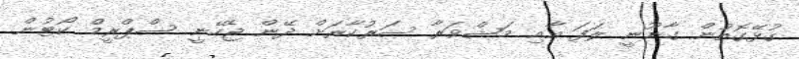
ގުޅޭގޮތުން ގާނޫނީ ލަފަ އާއި މަޝްވަރާ ސަރުކާރަށް ދޭން ޖެހޭނީ ސްޕްރީމް ކޯޓުން